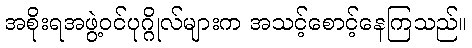
အစိုးရအဖွဲ့ဝင်ပုဂ္ဂိုလ်များက အသင့်စောင့်နေကြသည်။